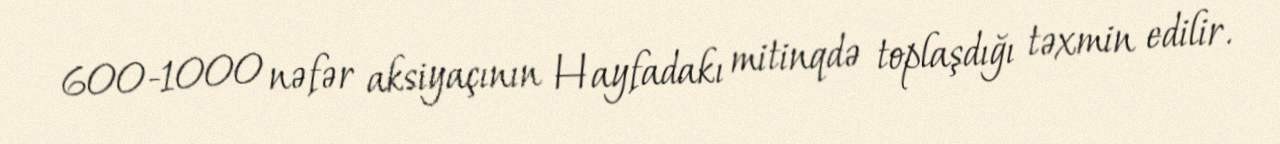
600-1000 nəfər aksiyaçının Hayfadakı mitinqdə toplaşdığı təxmin edilir.